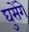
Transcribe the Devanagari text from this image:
घुसेंगे